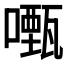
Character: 𭋡